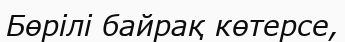
Бөрілі байрақ көтерсе,